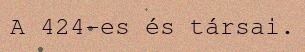
A 424-es és társai.